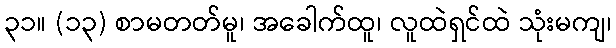
၃၁။ (၁၃) စာမတတ်မူ၊ အခေါက်ထူ၊ လူထဲရှင်ထဲ သုံးမကျ၊